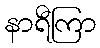
နာရီကြာ